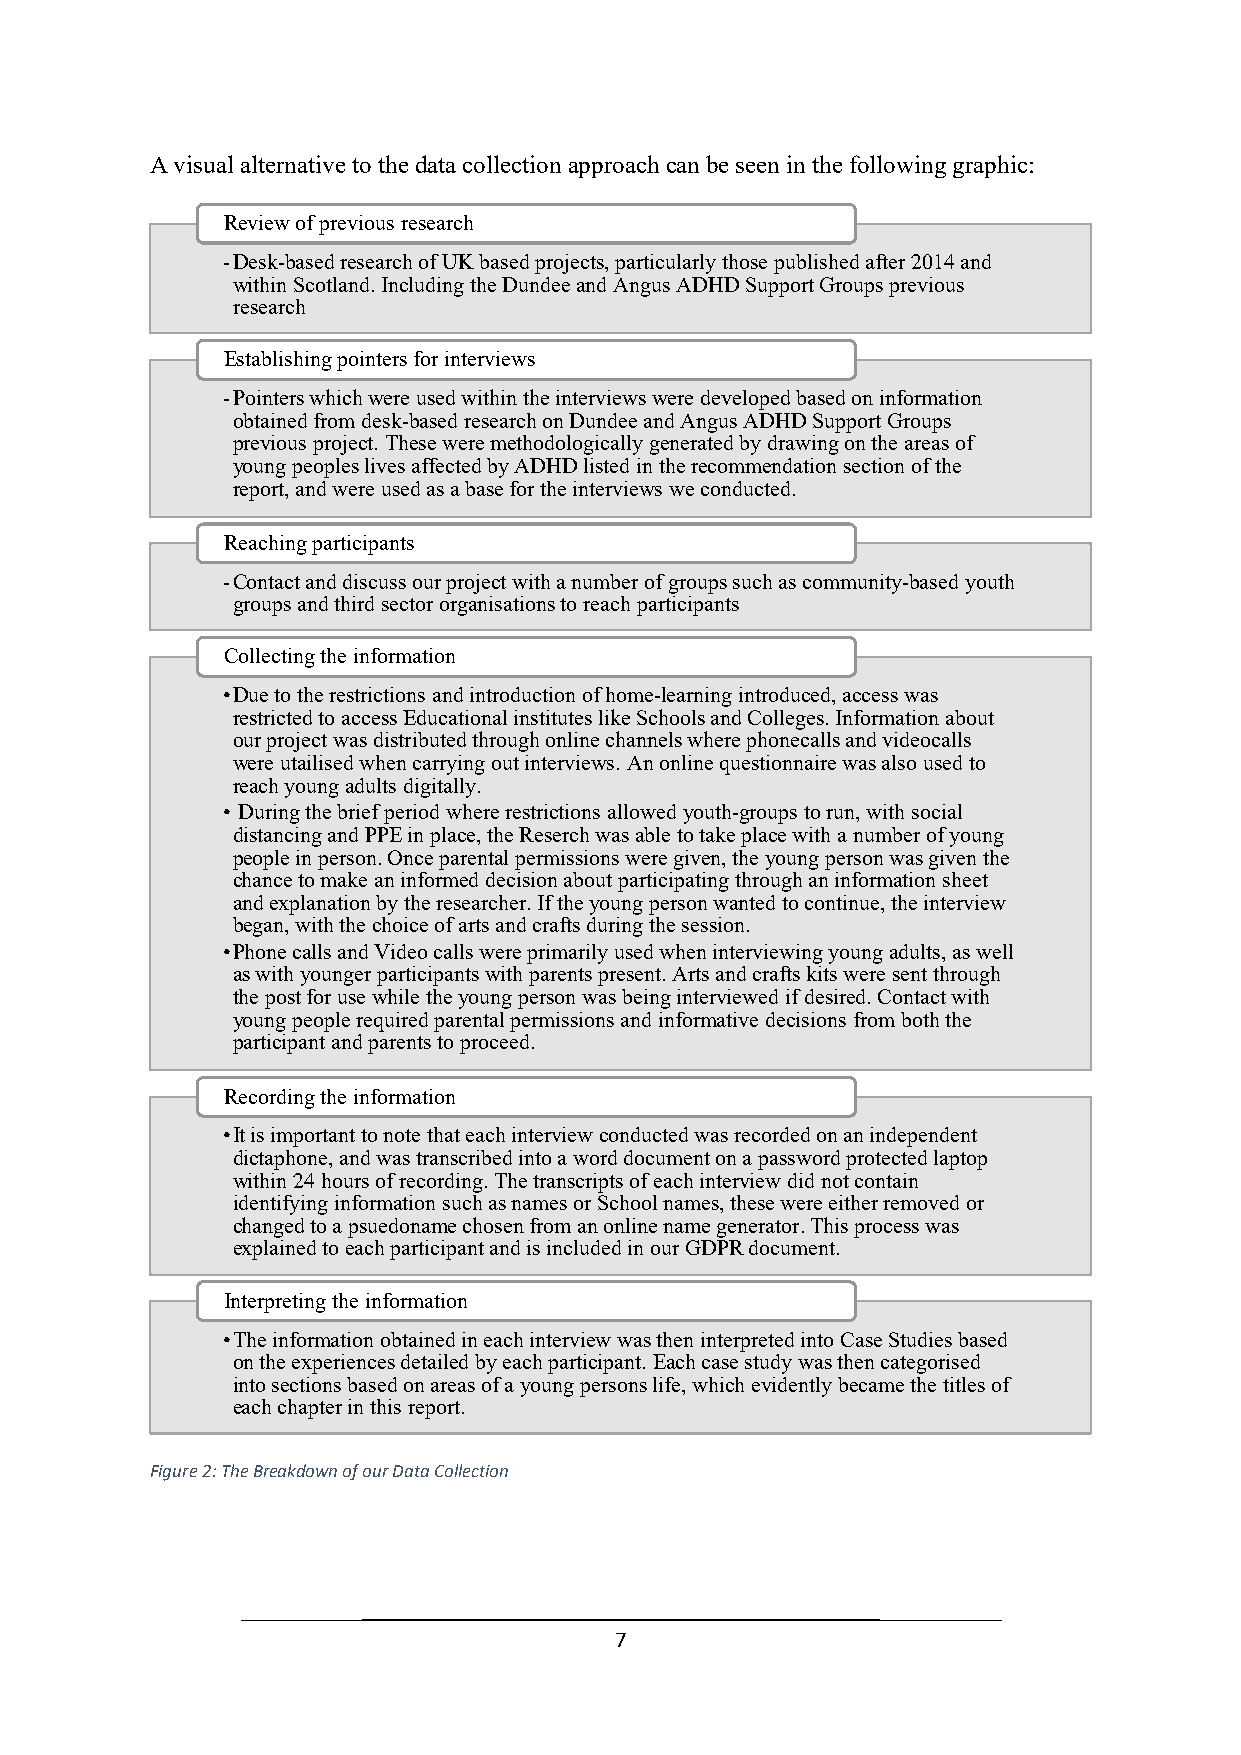
A visual alternative to the data collection approach can be seen in the following graphic:
 Review of previous research
 -Desk-based research of UK based projects, particularly those published after 2014 and
 within Scotland. Including the Dundee and Angus ADHD Support Groups previous
 research
 Establishing pointers for interviews
 -Pointers which were used within the interviews were developed based on information
 obtained from desk-based research on Dundee and Angus ADHD Support Groups
 previous project. These were methodologically generated by drawing on the areas of
 young peoples lives affected by ADHD listed in the recommendation section of the
 report, and were used as a base for the interviews we conducted.
 Reaching participants
 -Contact and discuss our project with a number of groups such as community-based youth
 groups and third sector organisations to reach participants
 Collecting the information
 •Due to the restrictions and introduction of home-learning introduced, access was
 restricted to access Educational institutes like Schools and Colleges. Information about
 our project was distributed through online channels where phonecalls and videocalls
 were utailised when carrying out interviews. An online questionnaire was also used to
 reach young adults digitally.
 • During the brief period where restrictions allowed youth-groups to run, with social
 distancing and PPE in place, the Reserch was able to take place with a number of young
 people in person. Once parental permissions were given, the young person was given the
 chance to make an informed decision about participating through an information sheet
 and explanation by the researcher. If the young person wanted to continue, the interview
 began, with the choice of arts and crafts during the session.
 •Phone calls and Video calls were primarily used when interviewing young adults, as well
 as with younger participants with parents present. Arts and crafts kits were sent through
 the post for use while the young person was being interviewed if desired. Contact with
 young people required parental permissions and informative decisions from both the
 participant and parents to proceed.
 Recording the information
 •It is important to note that each interview conducted was recorded on an independent
 dictaphone, and was transcribed into a word document on a password protected laptop
 within 24 hours of recording. The transcripts of each interview did not contain
 identifying information such as names or School names, these were either removed or
 changed to a psuedoname chosen from an online name generator. This process was
 explained to each participant and is included in our GDPR document.
 Interpreting the information
 •The information obtained in each interview was then interpreted into Case Studies based
 on the experiences detailed by each participant. Each case study was then categorised
 into sections based on areas of a young persons life, which evidently became the titles of
 each chapter in this report.
 Figure 2: The Breakdown of our Data Collection
 7